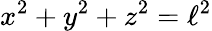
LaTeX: x^{2}+y^{2}+z^{2}=\ell^{2}